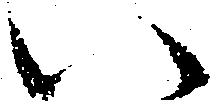
い